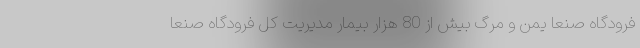
فرودگاه صنعا یمن و مرگ بیش از 80 هزار بیمار مدیریت کل فرودگاه صنعا